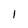
Character: 1